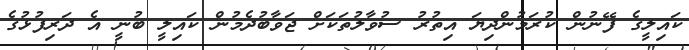
ކައިލީގެ ފޭނުން ކުރަމުންދިޔަ އިތުރު ސުވާލުތަކަށް ޖަވާބުދެމުން ކައިލީ ބުނީ އެ ދަރިފުޅުގެ